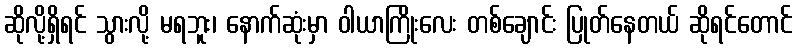
ဆိုလို့ရှိရင် သွားလို့ မရဘူး၊ နောက်ဆုံးမှာ ဝါယာကြိုးလေး တစ်ချောင်း ပြုတ်နေတယ် ဆိုရင်တောင်